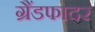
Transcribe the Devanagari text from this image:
ग्रैंडफादर